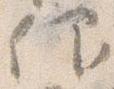
仰